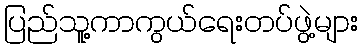
ပြည်သူ့ကာကွယ်ရေးတပ်ဖွဲ့များ